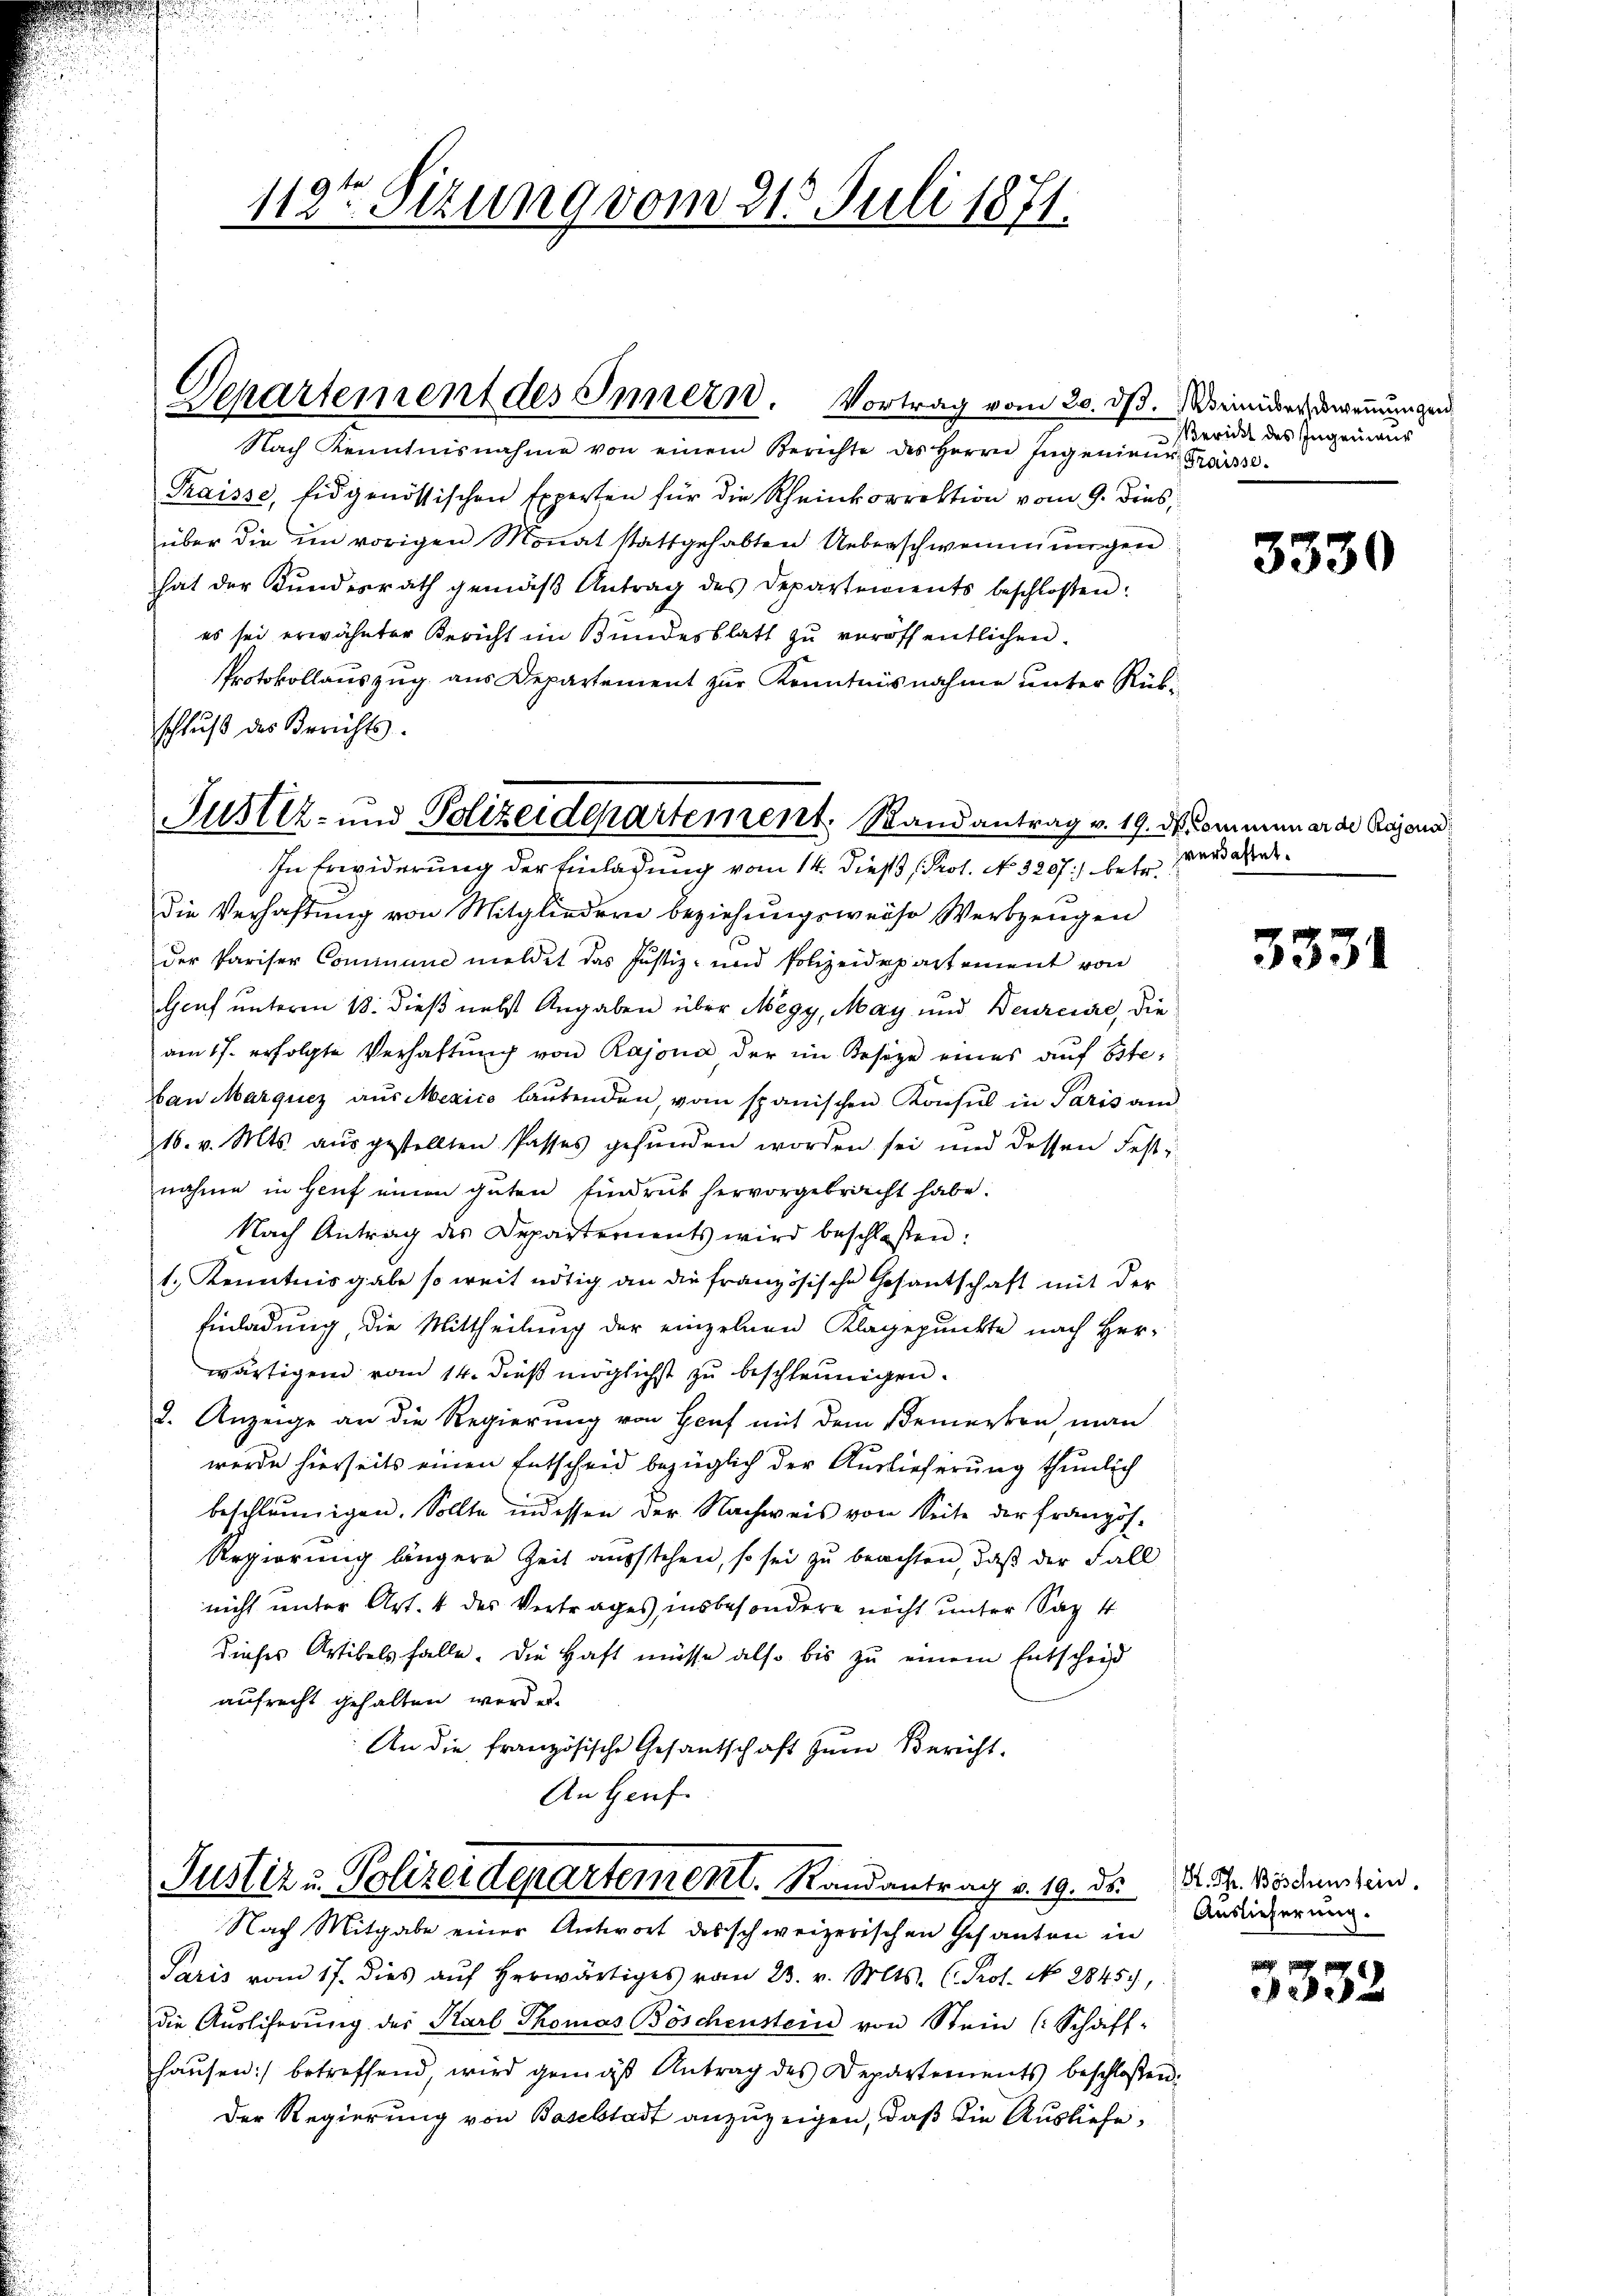
112ten Sizung vom 215. Juli 1871.

Separtement des Innern. Vortrag vom 20. ds. Mirinuer, deremungen

Nach Kenntnisnahme von einem Berichte des Herrn Ingenieur Kreisse.
Fraisse, Eidgenössischen Experten für die Rheinkorrektion vom 9. dies,
über die im vorigen Monat stattgehabten Ueberschwemmungen
hat der Kundesrath gemäβ Antrag des Departements beschloßen:
es sei erwähnter Bericht im Bundesblatt zu veröffentlichen
Protokollauszug aus Departement zur Kenntnisnahme unter Rükschluß des Berichts-
In Erwiderung der Einladung vom 14. Dieß Prof. No. 3267) betr.
die Verhaftung von Mitgliedern beziehungsweise Werkzeugen
der Pariser Commune meldet das Justiz- und Polizeidepartement von
Genf unterm 18. dieß nebst Angaben über Megy, May und Neurerire, die
am 17. erfolgte Verhaftung von Rajona der im Besize eines auf Ostebau Marquez aus Mexico lautenden, vom spanischen Konsul in Paris am
16. v. Mts. aŭsgestellten Passes gefŭnden worden sei und dessen Festnahme in Genf einen guten Eindruck hervorgebracht habe.
Nach Antrag des Departements wird beschloßen:
1., Kenntnisgabe so weit nötig an die französische Gesantschaft mit der
Einladung, die Mittheilung der einzelnen Klagepunkte nach Her-
wärtigen vom 14. dieß möglichst zu beschleunigen.
2. Anzeige an die Regierung von Genf mit dem Bemerken, man
werde hierseits einen Entscheid bezüglich der Auslieferung thunlich
beschleunigen. Sollte indessen der Nachweis von Seite der Französ¬
Regierung längere Zeit ausstehen, so sei zu beachten, daß der Fall
nicht unter Art. 4 des Vertrages, insbesondere nicht unter Sag 4
dieses Artikels falle. Die Haft müsse also bis zu einem Entscheid
aufrecht gehalten wird es
An die französische Gesantschaft zum Bericht.
An Genf.

Justiz- und Polizeidepartement, Randantrag v. 19. de commun er de Bajona¬

Justiz u. Polizei Departement. Randantrag v. 19. ds. K. A. Bodensein.

Bericht des Ingenieur

Nach Mitgabe einer Antwort des schweizerischen Gesanten in
Paris vom 17. dies aŭf herwärtiges vom 23. v. Mts. (Prof. No. 2845),
die Aŭsliferŭng des Karl Thomas Böschenstein von Stein (Schaff-
haŭsen betreffend, wird gemäß Antrag des Departements beschlossen:
Der Regierung von Baselstadt anzuzeigen, daß die Ausliefe,

3330

verdachtet.

3331

Auslieferung.

332